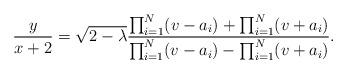
LaTeX: \begin{align*} \frac{y}{x+2} = \sqrt{2-\lambda} \frac{\prod_{i=1}^{N}(v-a_{i}) + \prod_{i=1}^{N}(v+a_{i}) } {\prod_{i=1}^{N}(v-a_{i}) - \prod_{i=1}^{N}(v+a_{i})}.\end{align*}